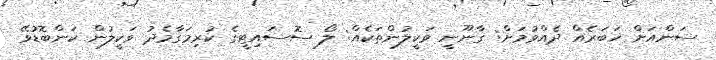
ސަންއަށް ޚަބަރެއް ދެއްވުމަށް: ގާނޫނީ ވަކީލުންތަކެއް: ލޯ ސޮސައިޓީގެ ކުރިމަގާމެދު ވަކީލުން ކަންބޮޑުވޭ